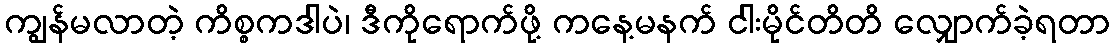
ကျွန်မလာတဲ့ ကိစ္စကဒါပဲ၊ ဒီကိုရောက်ဖို့ ကနေ့မနက် ငါးမိုင်တိတိ လျှောက်ခဲ့ရတာ